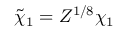
\tilde { \chi } _ { 1 } = Z ^ { 1 / 8 } \chi _ { 1 }